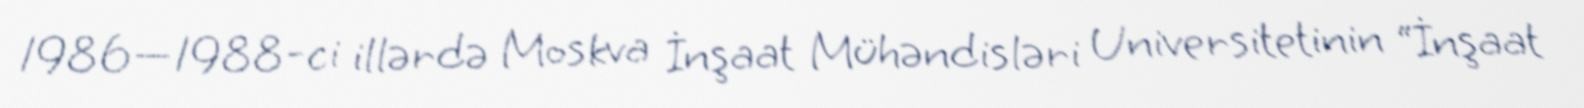
1986—1988-ci illərdə Moskva İnşaat Mühəndisləri Universitetinin “İnşaat